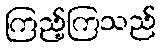
ကြည့်ကြသည်